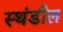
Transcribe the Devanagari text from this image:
स्थंडील